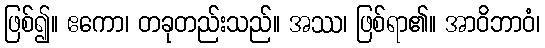
ဖြစ်၍။ ဧကော၊ တခုတည်းသည်။ အဿ၊ ဖြစ်ရာ၏။ အာဝိဘာဝံ၊